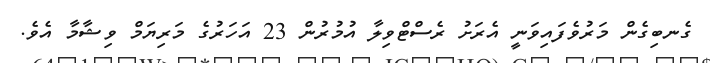
ގެނބިގެން މަރުވެފައިވަނީ އެރަށު ރެސްޓްވިލާ އުމުރުން 23 އަހަރުގެ މަރިޔަމް ވިޝާމާ އެވެ.